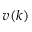
v ( k )